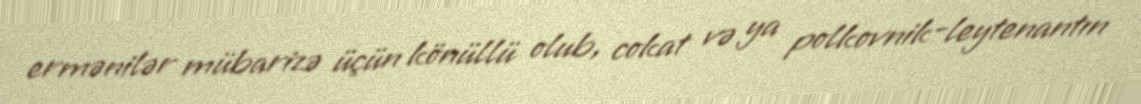
ermənilər mübarizə üçün könüllü olub, cokat və ya polkovnik-leytenantın